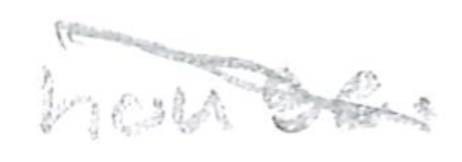
Text: house.
Cross-out: diagonal
Writing tool: pencil